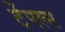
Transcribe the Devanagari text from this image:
टेंपल्स